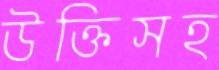
উক্তিসহ